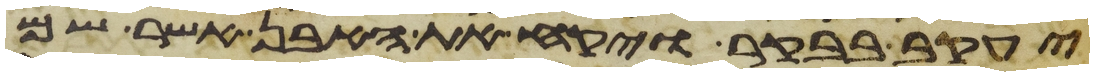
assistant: יעקב בבקר ויקח את האבן אשר שם